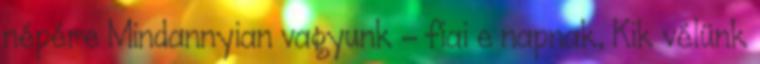
népére Mindannyian vagyunk – fiai e napnak, Kik vélünk